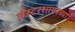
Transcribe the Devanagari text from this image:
लेस्टरशायरच्या